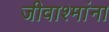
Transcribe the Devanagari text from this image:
जीवाश्मांना